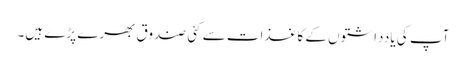
آپ کی یادداشتوں کے کاغذات سے کئی صندوق بھرے پڑے ہیں۔